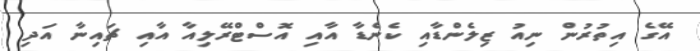
އޭގެ އިތުރުން ނިއު ޒިލެންޑާއި ކެނެޑާ އާއި އޮސްޓްރޭލިއާ އާއި ޗައިނާ އަދި